Papers set at the Examination for Leaving Certificates, 1891
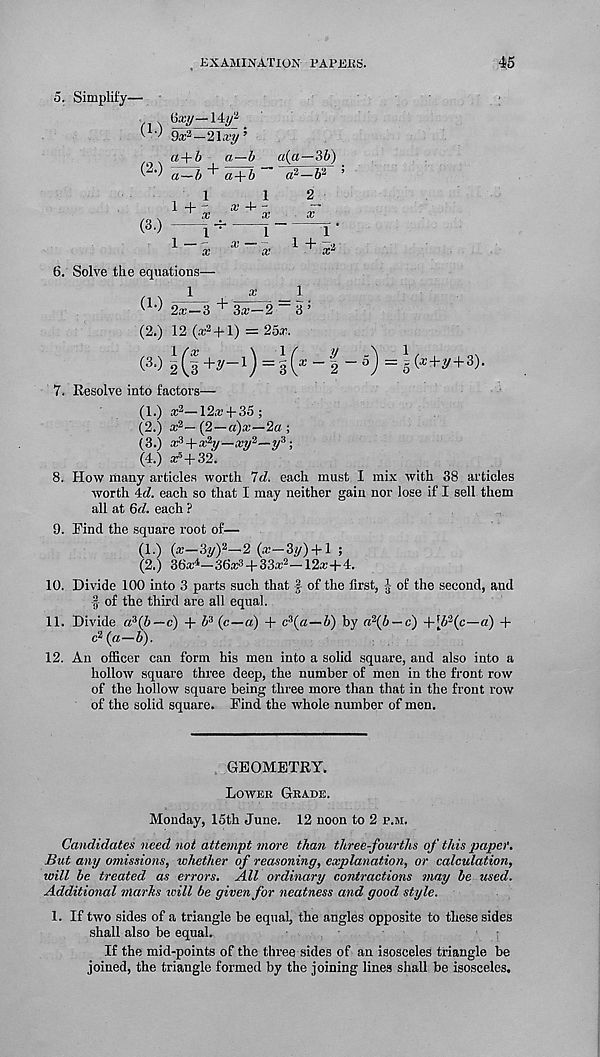
, EXAMINATION PAPERS.
45
5. Simplify—
fey—14y a
^
9x 2 —21ia!i/’
a + b a—b a(a—35)
a~b a+5 ” a 2 —5 2 ’
(3.)
> + l
1
2_
a;
l
x i + s 2
6. Solve the equations—
1
x
1
(L - ) 2*—3 3ai—2 — 3 ’
(2.) 12 (.r 2 + l) = 25ir.
(3.) 2 (f +^- 1 ) = § (* “ '^ “ s ) = s ( x +v+ 3 )-
7. Kesolve into factors—
(1.) x 2 —12*4-35;
(2.) * 2 —(2—a)*—2« ;
(3.) x 3 +x 2 t/—xy 2 —y 3 ;
(4.) aP4-32.
8. How many articles worth "d. each must I mix with 38 articles
worth Ad. each so that I may neither gain nor lose if I sell them
all at (Ad. each ?
9. Find the square root of—
(1.) (x—3y) 2 —2 (*—3y) + l ;
(2.) 36**—36*3 + 33* 2 —12*+4.
10. Divide 100 into 3 parts such that of the first, | of the second, and
f of the third are all equal.
11. Divide a?(b—c) 4- 5 3 (c—a) 4- c\a—b) by a\b — c) 4-[5 2 (e—«) 4-
c 2 (a—b).
12. An officer can form his men into a solid square, and also into a
hollow square three deep, the number of men in the front row
of the hollow square being three more than that in the front row
of the solid square. Find the whole number of men.
GEOMETRY.
Lower Grade.
Monday, 15th June. 12 noon to 2 p.m.
Candidates need not attempt more than three-fourths of this paper.
But any omissions, whether of reasoning, explanation, or calculation,
will be treated as errors. All ordinary contractions may be used.
Additional marks will be given for neatness and good style.
1. If two sides of a triangle be equal, the angles opposite to these sides
shall also be equal.
If the mid-points of the three sides of an isosceles triangle be
joined, the triangle formed by the joining lines shall be isosceles.